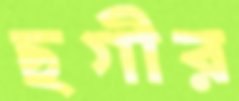
ছগীর